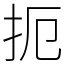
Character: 扼